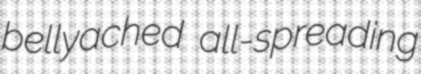
bellyached all-spreading